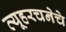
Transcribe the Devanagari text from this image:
व्यूहरचनेचे